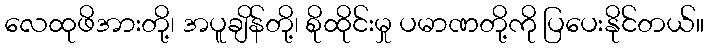
လေထုဖိအားတို့၊ အပူချိန်တို့၊ စိုထိုင်းမှု ပမာဏတို့ကို ပြပေးနိုင်တယ်။